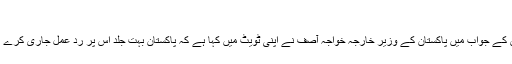
’
اس کے جواب میں پاکستان کے وزیر خارجہ خواجہ آصف نے اپنی ٹویٹ میں کہا ہے کہ پاکستان بہت جلد اس پر رد عمل جاری کرے گا۔